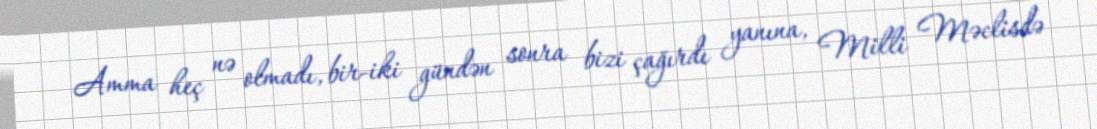
Amma heç nə olmadı, bir-iki gündən sonra bizi çağırdı yanına, Milli Məclisdə